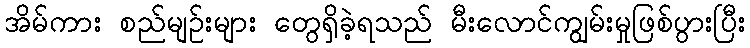
အိမ်ကား စည်မျဉ်းများ တွေရှိခဲ့ရသည် မီးလောင်ကျွမ်းမှုဖြစ်ပွားပြီး